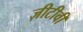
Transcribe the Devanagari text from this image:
ज़ीटीवी